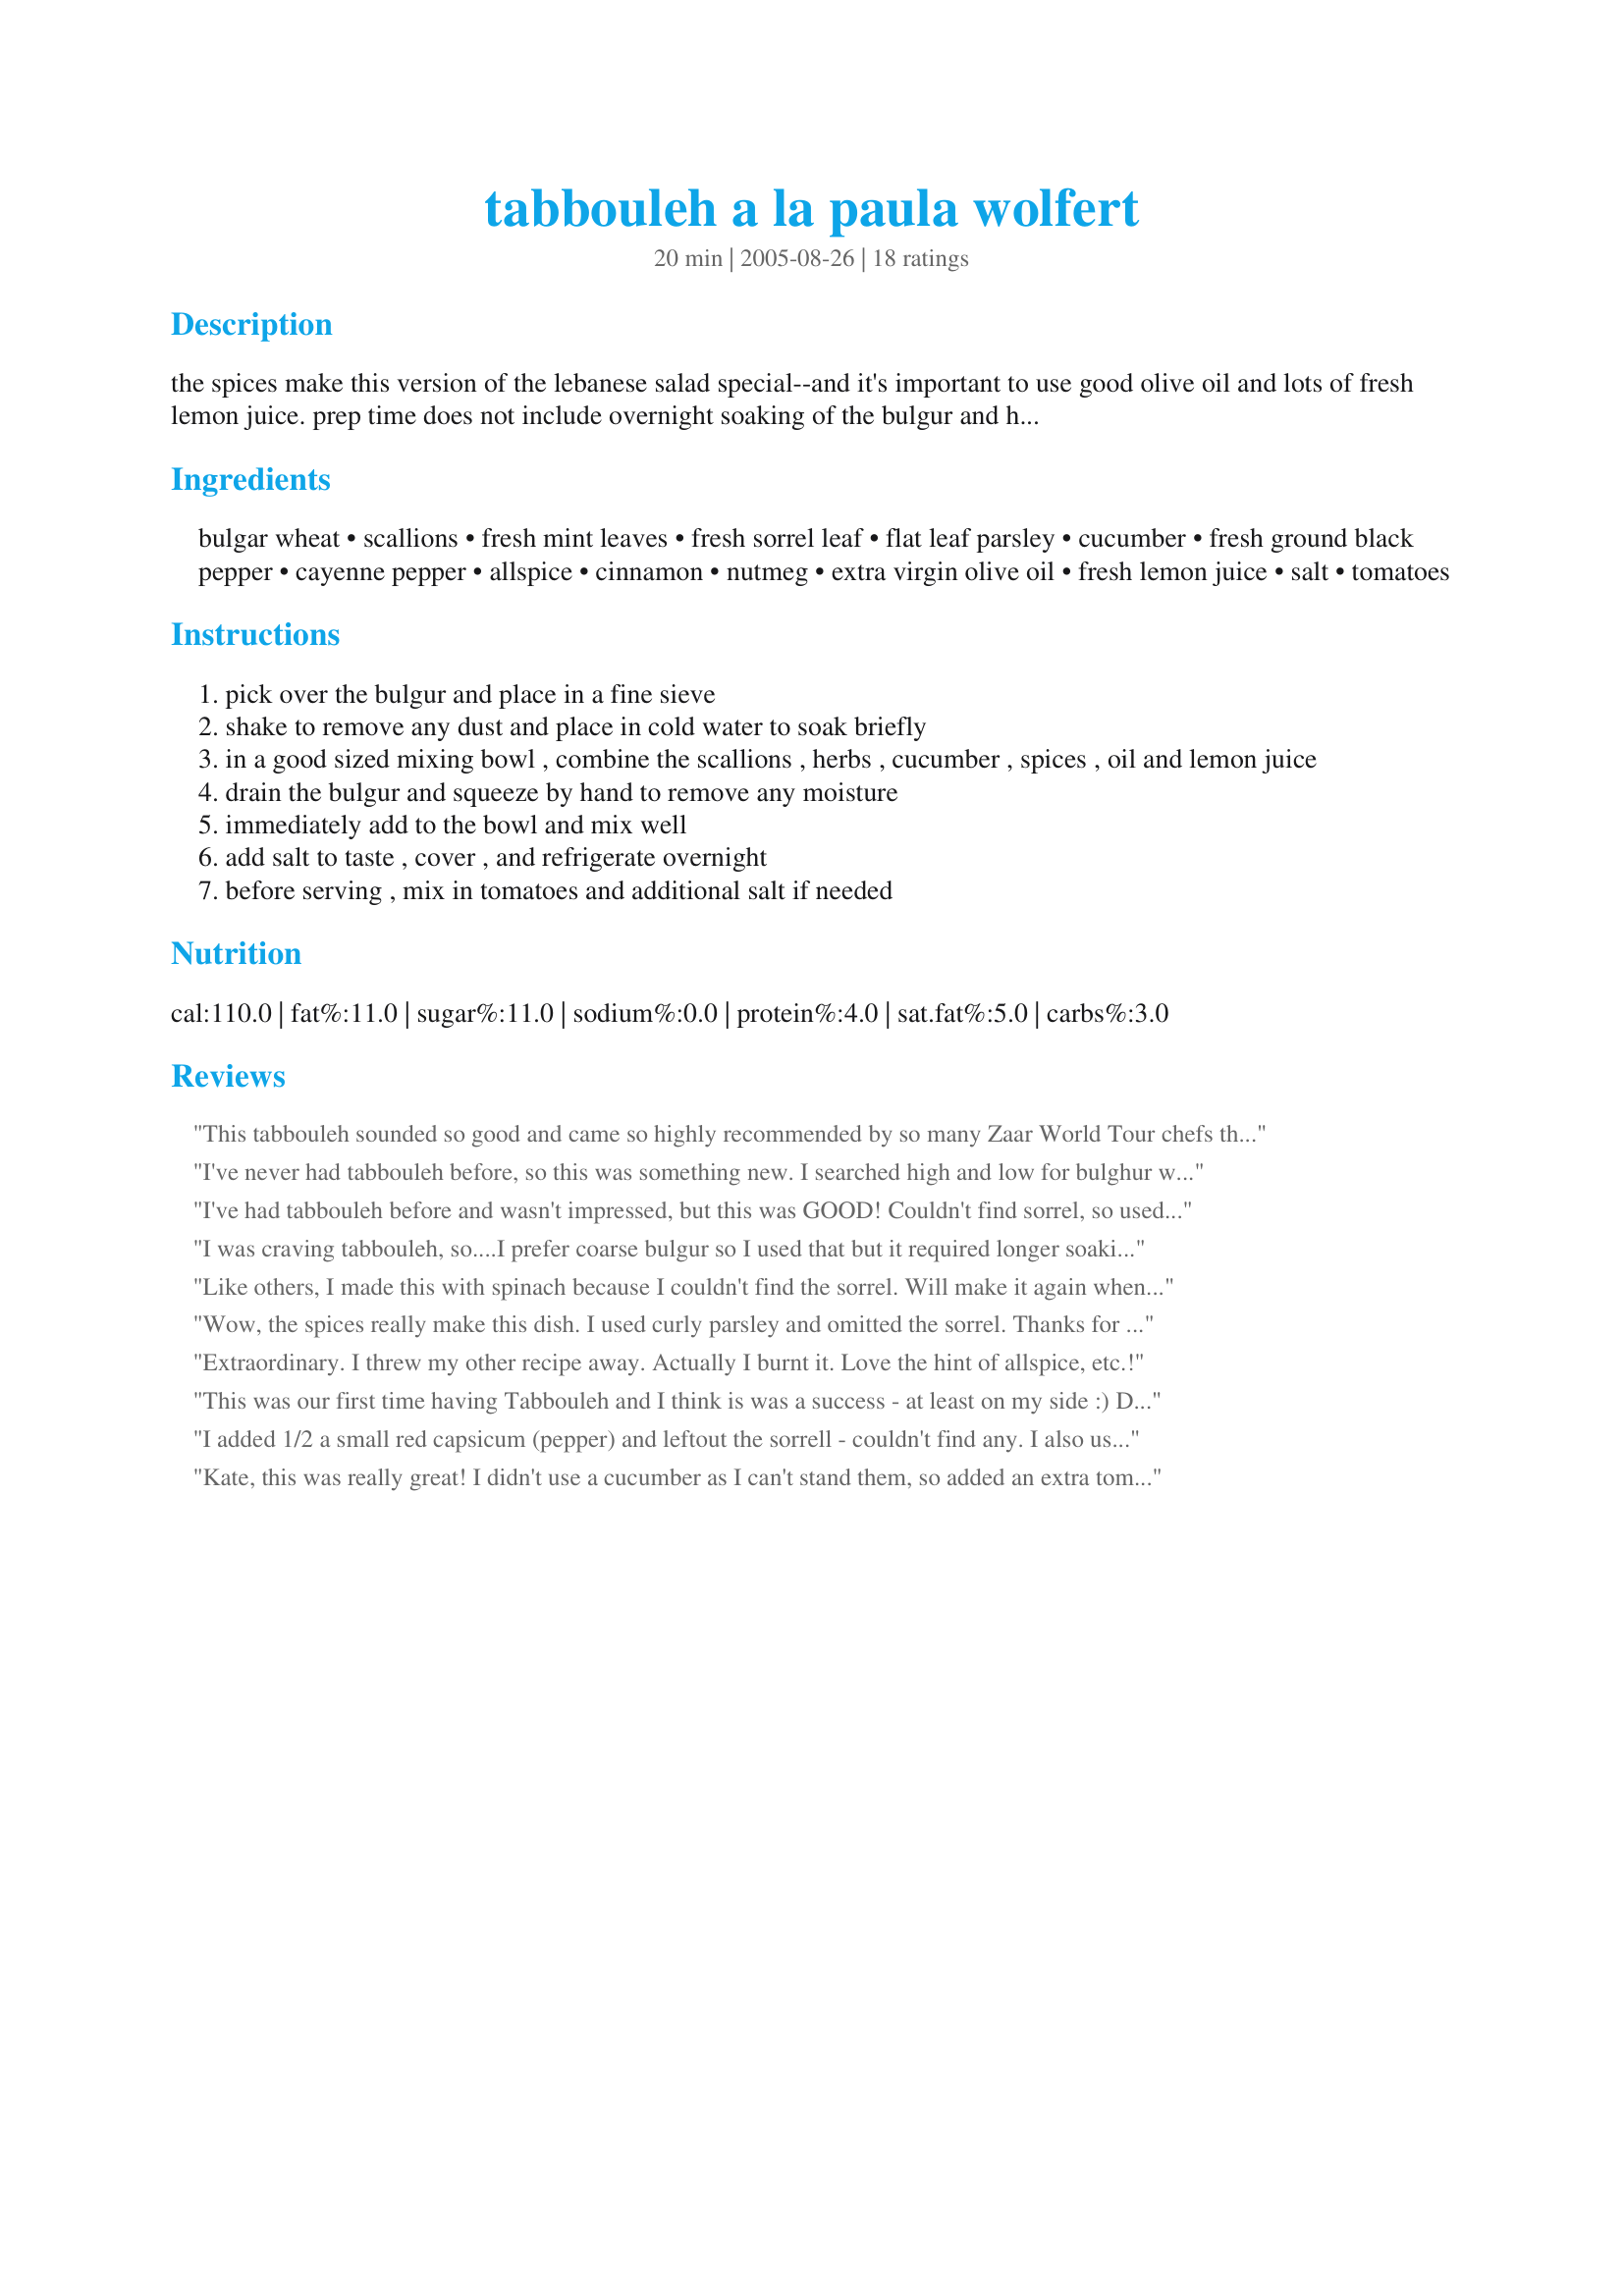
tabbouleh a la paula wolfert
Preparation time: 20 minutes

the spices make this version of the lebanese salad special--and it's important to use good olive oil and lots of fresh lemon juice. prep time does not include overnight soaking of the bulgur and herb mixture.

Ingredients:
bulgar wheat, scallions, fresh mint leaves, fresh sorrel leaf, flat leaf parsley, cucumber, fresh ground black pepper, cayenne pepper, allspice, cinnamon, nutmeg, extra virgin olive oil, fresh lemon juice, salt, tomatoes

Steps:
pick over the bulgur and place in a fine sieve
shake to remove any dust and place in cold water to soak briefly
in a good sized mixing bowl , combine the scallions , herbs , cucumber , spices , oil and lemon juice
drain the bulgur and squeeze by hand to remove any moisture
immediately add to the bowl and mix well
add salt to taste , cover , and refrigerate overnight
before serving , mix in tomatoes and additional salt if needed

Reviews:
This tabbouleh sounded so good and came so highly recommended by so many Zaar World Tour chefs that I just had to try it! Like others, I didn’t use the sorrel, but I’ll try and get some before I make this recipe again. I was using a Lebanese cucumber so I left the skin on. Apart from that and my leaving out the cayenne pepper (personal taste preference), I made this exactly to the recipe, and we all just loved the blend of spices. I have really high expectations of any tabbouleh be it home-made, from delis or in restaurants, and this one outshone them all! Such a fabulous blend of flavours! That’s why I’m determined to track down some sorrel! I served this with ladypit’s Lima Bean Spread Recipe #76381 and Jessica K’s Pita Crisps Recipe #121546. Thank you so much, Kate, for sharing this recipe!
I've never had tabbouleh before, so this was something new. I searched high and low for bulghur wheat but I could not find it anywhere. So i used couscous instead, as it was the closest thing I could find.....It's better after sitting in the fridge for a day
I've had tabbouleh before and wasn't impressed, but this was GOOD! Couldn't find sorrel, so used spinach, and had coarse bulgur instead of fine. The balance of herbs and spice was very nice. Will definitely repeat (although I will scale down. This recipe makes a more than 6 servings in my family)

I was craving tabbouleh, so....I prefer coarse bulgur so I used that but it required longer soaking - oh well. I used bitty grape tomatoes & halved them. I had no sorrel - almost added some shredded spinach but didn't. The allspice, cinnamon & nutmeg were a new addition for me but a delicious one! Thanks, Kate!
Like others, I made this with spinach because I couldn't find the sorrel. Will make it again when sorrel is available. The olive oil, lemon juice, and mint have been pretty standard in every tabbouleh I've had, but the spices--oh my!--they take this dish to a truly gourmet level of flavor! Absolutely superb.
Wow, the spices really make this dish. I used curly parsley and omitted the sorrel. Thanks for the wonderful Tabbouleh recipe!
Extraordinary. I threw my other recipe away. Actually I burnt it. Love the hint of allspice, etc.!
This was our first time having Tabbouleh and I think is was a success - at least on my side :) DH didn't enjoy it as much but he is always hit & miss with recipes like this as he doesn't like tomatoes so I leave them out on his plate - he's missing out!! Loved how the spices came through because I was really worried about that!! This was most excellent!! Thanks so much Chef Kate!! Made for Veg*n Swap 32!!
I added 1/2 a small red capsicum (pepper) and leftout the sorrell - couldn't find any. I also used bulgar and added the same quanitiy in boiling water, covered and left it for 20 minutes, perfect. I am serving this with grilled salmon.
Thanks for recipe
Elizabeth
Kate, this was really great! I didn't use a cucumber as I can't stand them, so added an extra tomato instead! DH sad this was the best tabbouleh he's ever had - big compliment! I followed the recipe exactly but only refridgerated for an hour or so as I forgot to make it the day before - while I'm sure it would be even better left longer, it was great as is! Thanks Kate!
Very good version of tabbouleh! This is the way I like the proportions--not as a bulgar salad with some herbs, but where the mint and parsley are just as plentiful. It's fresh and green. I use a coarser bulgar and a different way of preparing it--2/3 cup bulgar soaked in 2/3 cup boiling water. You can just start adding the ingredients once it cools down in 30 to 60 minutes. No need to wait over night or to wring it out. I don''t know if that method works for the fine grain bulgar or just the coarse. Great recipe!
Simply amazing. My first time making Tabbouleh and now it's a staple! Super easy to put together, lovely to look at and really filling w/o being heavy. The first time I made it I used some dried herbs because that's all I had on hand. My BF literally ate the entire bowl between lunch and dinner! I didn't get a single bite. (He apologized later, but I'm not so sure he was sorry :-))<br/>I used fresh ingredients from the farm I volunteer on the second time I made it and made it even better! I did leave out the sorrell because I couldn't find any, but just subbed lettuce with a little arugula. Not the same, I know - but still tasty!!
Very tasty recipe! As some of the other reviews have stated, the spices really added to the flavour. Used Couscous and we really enjoyed the texture it. Many thanks for your guidance.
Very flavorful and yummy! Nice combination of herbs and spices I enjoyed this a lot. Did not use the sorrel and added a little more cucumber.
I have always been afraid to try making this. Now I do not know why? I was very worried about all the ingredients and getting the bulgur the right consistency- not mushy etc... It was so easy. I did not use sorrel- could not find any- and I had to use dried herbs bc the fresh were yucky in the store. Still came out great. It has just the right amount of everything! Lemon and mint was perfect! Thanks for helping me make this. I cannot get it around here unless I travel about 2 hours. So nice to be able to have it fresh here at home. Thanks for the great recipe!
This is my first time making tabbouleh and I'm working off of two recipes. I'm using quinoa in place of the bulgur wheat. No mint,or sorrel...parsley yes, plus shredded carrot. The allspice, cinnamon,and nutmeg are a must-taking this dish to a fantastic level! I'm glad I found this recipe! I'm already sneaking bites and it's not even cold yet! It is also the first time I've ever cooked quinoa...if you haven't tried it yet, DO, you'll be quite impressed.
Excellent, Kate. I did find sorrel and it really changes the aroma and flavor. It is very fresh and summery with the cukes and tomatos. This is a real keeper. Thanks for posting!
Now, excuse me while I go eat some more of it.
Kate, this was great!!! I've never added cinnamon, nutmeg or cucumber to tabbouleh before, though I will from now on. This was served with Lavash bread, Cookgirls Happy Hommous #126463 and your Mititei #137695. Wonderful!!!!
